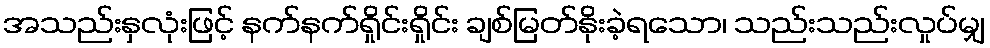
အသည်းနှလုံးဖြင့် နက်နက်ရှိုင်းရှိုင်း ချစ်မြတ်နိုးခဲ့ရသော၊ သည်းသည်းလှုပ်မျှ